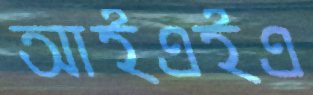
আইএইএ